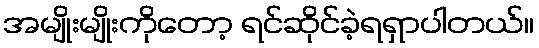
အမျိုးမျိုးကိုတော့ ရင်ဆိုင်ခဲ့ရရှာပါတယ်။